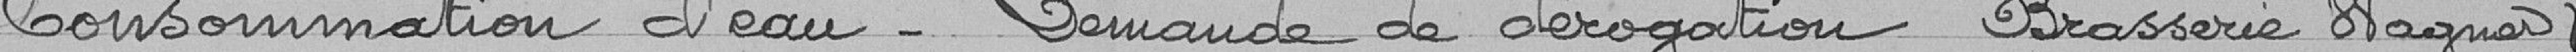
Consommation d'eau - Demande de dérogation Brasserie Wagner